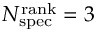
N _ { \mathrm { s p e c } } ^ { \mathrm { r a n k } } = 3